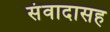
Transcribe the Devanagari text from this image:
संवादासह